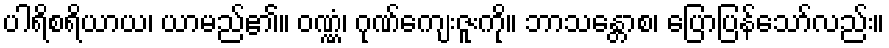
ပါရိစရိယာယ၊ ယာမည်၏။ ဝဏ္ဏံ၊ ဂုဏ်ကျေးဇူးကို။ ဘာသန္တောစ၊ ပြောပြန်သော်လည်း။